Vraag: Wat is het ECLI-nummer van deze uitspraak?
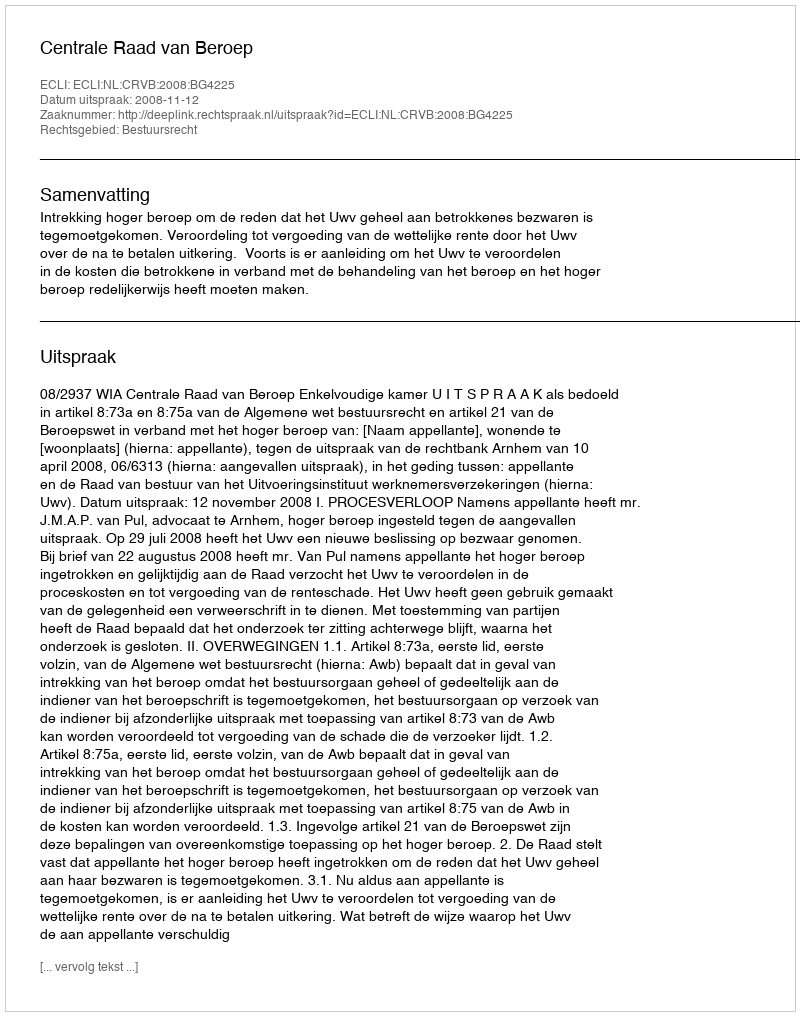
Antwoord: ECLI:NL:CRVB:2008:BG4225